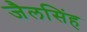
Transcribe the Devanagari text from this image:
जैलसिंह